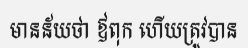
មានន័យថា ឪពុក ហើយត្រូវបាន